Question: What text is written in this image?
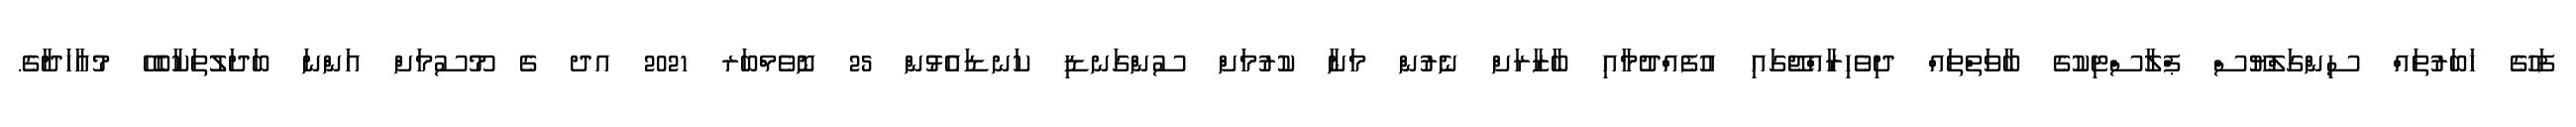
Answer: ފަހުގެ ޚަބަރުތައް ސިންގަލްޔޫސް ޕްލާސްޓިކުގެ ބާވަތްތައް ދިވެހިރާއްޖޭގައި އުފެއްދުމާއި ބާޒާރަށް ނެރުން މަނާ ކުރުމަށް ސުންގަނޑި ކަނޑައެޅުން 25 ނޮވެމްބަރ 2021 އދ ގެ މޫސުމަށް އަންނަ ބަދަލުތަކާބެހޭ މުއާހަދާގެ.